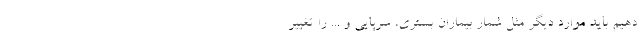
دهیم باید موارد دیگر مثل شمار بیماران بستری، سرپایی و ... را تغییر